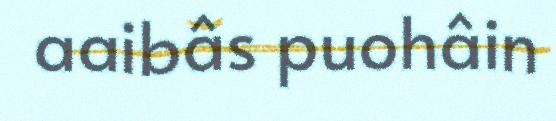
aaibâs puohâin